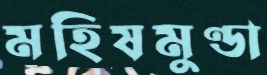
মহিষমুণ্ডা